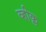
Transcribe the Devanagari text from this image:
व्हीक्ल